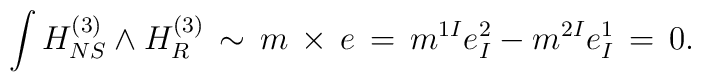
\int H_{NS}^{(3)} \wedge H_R^{(3)} \, \sim \, m \, \times \, e \, = \,m^{1I}e^2_I-m^{2I}e^1_I \, = \, 0.